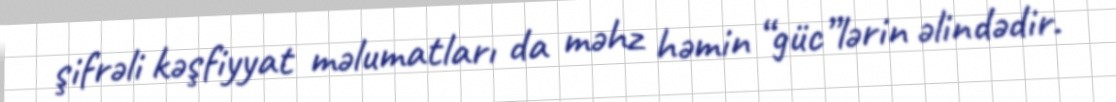
şifrəli kəşfiyyat məlumatları da məhz həmin “güc”lərin əlindədir.